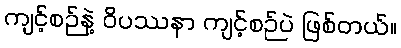
ကျင့်စဉ်နဲ့ ဝိပဿနာ ကျင့်စဉ်ပဲ ဖြစ်တယ်။